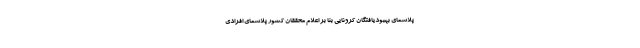
پلاسمای بهبودیافتگان کرونایی بنا بر اعلام محققان کشور پلاسمای افرادی